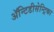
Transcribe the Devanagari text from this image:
ॲन्टिडीसेन्ट्रिका